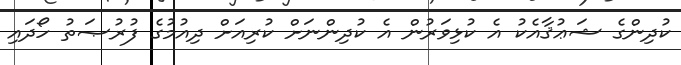
ކުދިންގެ ޝަޢުޤާއެކު އެ ކުޅިވަރުން އެ ކުދިންނަށް ކުރިއަށް ދިއުމުގެ ފުރުޞަތު ހޯދައި